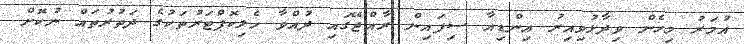
އުމަރު މިހެން ވިދާޅުވިއިރު އިންޑިއާ ސިފައިން ރާއްޖޭގައި ދުއްވާ ހެލިކޮޕްޓަރުތަކުގެ ދަތުރުތައް ނުކޮށް